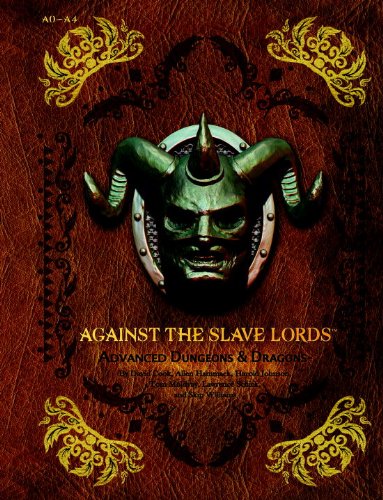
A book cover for Against the Slave Lords: "A" Series Classic Adventure Compilation: (A0 - A4) (D&D Adventure); Wizards RPG Team; Science Fiction & Fantasy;